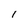
Character: I